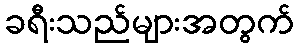
ခရီးသည်များအတွက်